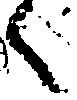
候